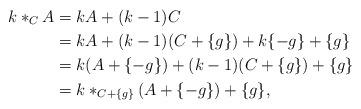
LaTeX: \begin{align*} k *_C A &= kA + (k-1)C \\ &= kA + (k-1)(C + \{ g \}) + k \{ -g \} + \{ g \} \\ &= k (A + \{ -g \}) + (k - 1)(C + \{ g \}) + \{ g \} \\ &= k *_{C + \{ g \}} (A + \{ -g \}) + \{ g \}, \end{align*}